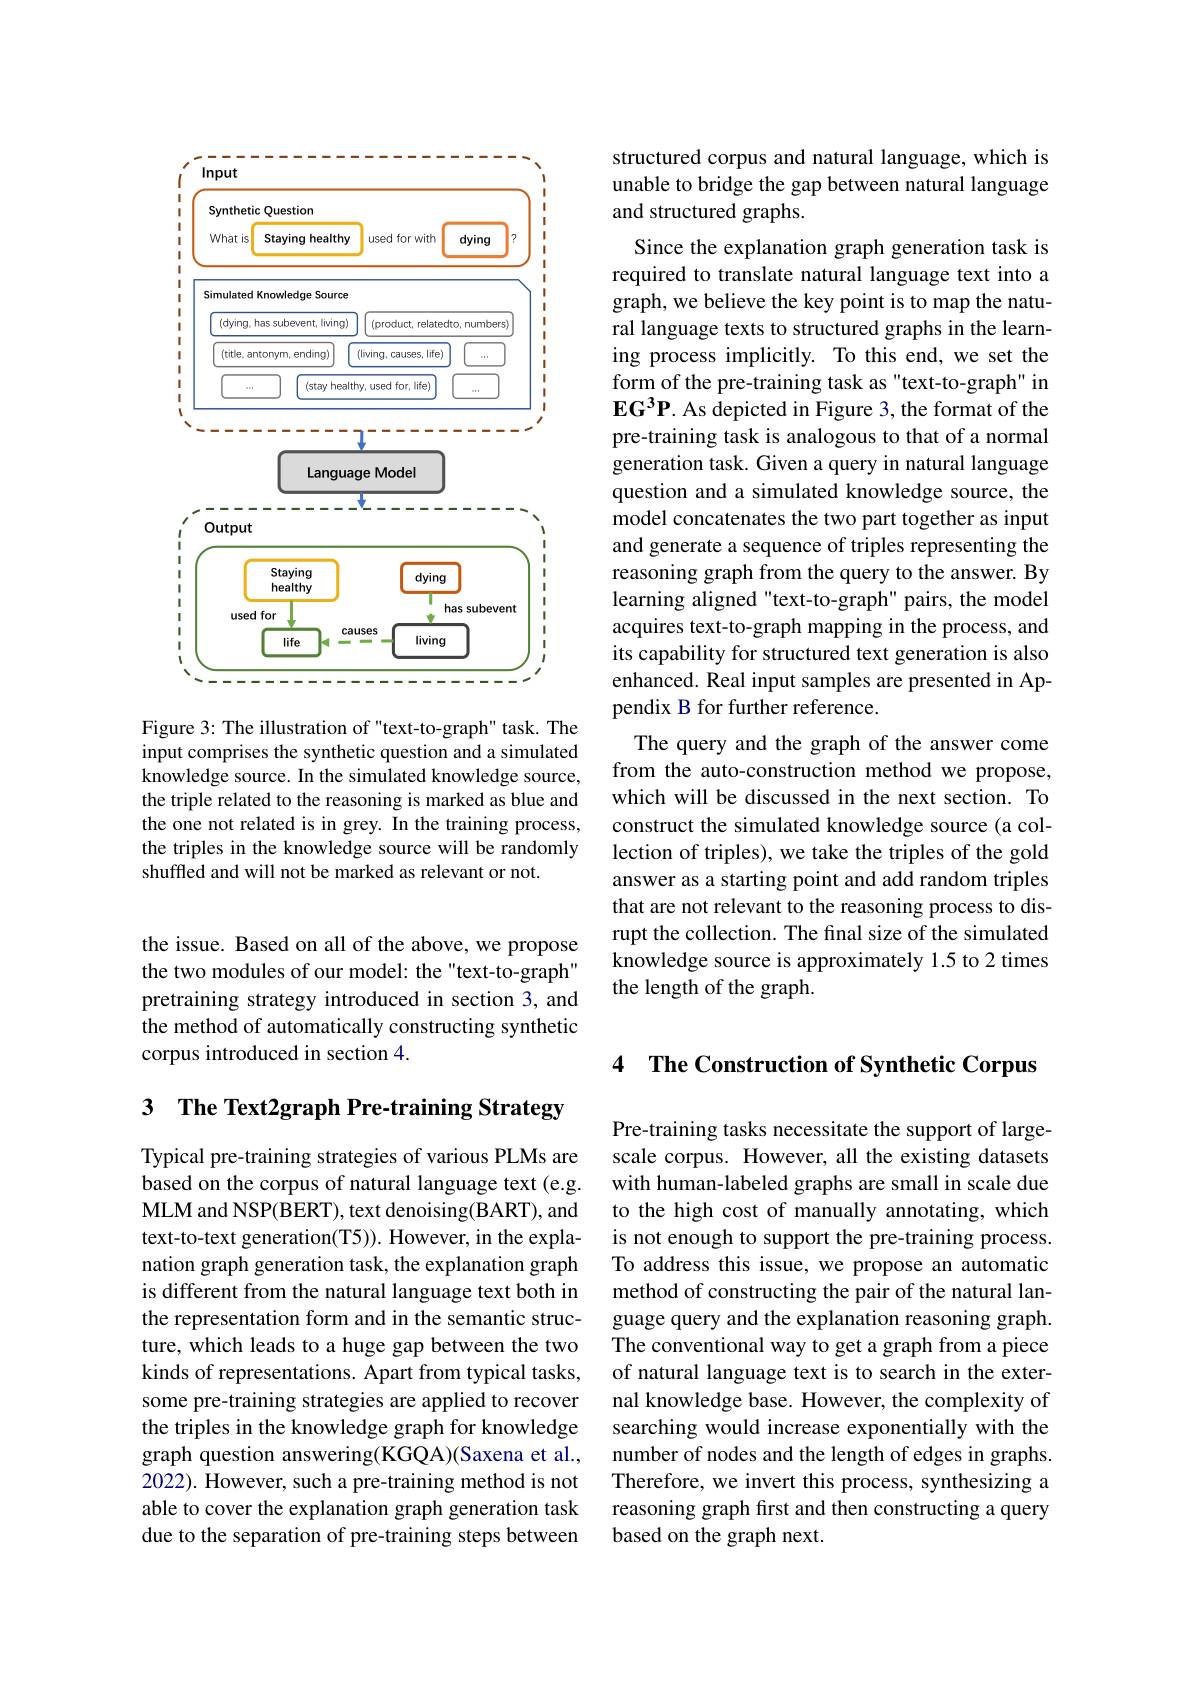
<FigureHere>

Figure 3: The illustration of "text-to-graph" task. The input comprises the synthetic question and a simulated knowledge source. In the simulated knowledge source, the triple related to the reasoning is marked as blue and the one not related is in grey. In the training process, the triples in the knowledge source will be randomly shuffled and will not be marked as relevant or not.

the issue. Based on all of the above, we propose the two modules of our model: the "text-to-graph" pretraining strategy introduced in section 3, and the method of automatically constructing synthetic corpus introduced in section 4.

# 3 The Text2graph Pre-training Strategy

Typical pre-training strategies of various PLMs are based on the corpus of natural language text (e.g. MLM and NSP(BERT), text denoising(BART), and text-to-text generation(T5)). However, in the explanation graph generation task, the explanation graph is different from the natural language text both in the representation form and in the semantic structure, which leads to a huge gap between the two kinds of representations. Apart from typical tasks, some pre-training strategies are applied to recover the triples in the knowledge graph for knowledge graph question answering(KGQA)(Saxena et al., 2022). However, such a pre-training method is not able to cover the explanation graph generation task due to the separation of pre-training steps between

structured corpus and natural language, which is unable to bridge the gap between natural language and structured graphs.
Since the explanation graph generation task is required to translate natural language text into a graph, we believe the key point is to map the natural language texts to structured graphs in the learning process implicitly. To this end, we set the form of the pre-training task as "text-to-graph" in $\mathbf{EG}^3\mathbf{P}$. As depicted in Figure 3, the format of the pre-training task is analogous to that of a normal generation task. Given a query in natural language question and a simulated knowledge source, the model concatenates the two part together as input and generate a sequence of triples representing the reasoning graph from the query to the answer. By learning aligned "text-to-graph" pairs, the model acquires text-to-graph mapping in the process, and its capability for structured text generation is also enhanced. Real input samples are presented in Appendix B for further reference.
The query and the graph of the answer come from the auto-construction method we propose, which will be discussed in the next section. To construct the simulated knowledge source (a collection of triples), we take the triples of the gold answer as a starting point and add random triples that are not relevant to the reasoning process to disrupt the collection. The final size of the simulated knowledge source is approximately 1.5 to 2 times the length of the graph.

4 The Construction of Synthetic Corpus

Pre-training tasks necessitate the support of largescale corpus. However, all the existing datasets with human-labeled graphs are small in scale due to the high cost of manually annotating, which is not enough to support the pre-training process. To address this issue, we propose an automatic method of constructing the pair of the natural language query and the explanation reasoning graph. The conventional way to get a graph from a piece of natural language text is to search in the external knowledge base. However, the complexity of searching would increase exponentially with the number of nodes and the length of edges in graphs. Therefore, we invert this process, synthesizing a reasoning graph first and then constructing a query based on the graph next.